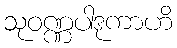
သုဝဏ္ဏပါဒုကာဟိ